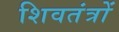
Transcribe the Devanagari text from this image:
शिवतंत्रों